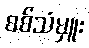
စစ်သံမှူး